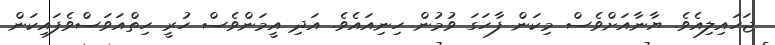
ޖަހައިލިއެވެ. ޔާނާއަށްވެސް މިކަން ފާހަގަ ވުމުން ހިނިއައެވެ. އަދި އީމަންވެސް ހުރީ ހިތްއަވަސްވެފައިކަން